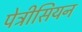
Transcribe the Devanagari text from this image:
पेट्रीसियन